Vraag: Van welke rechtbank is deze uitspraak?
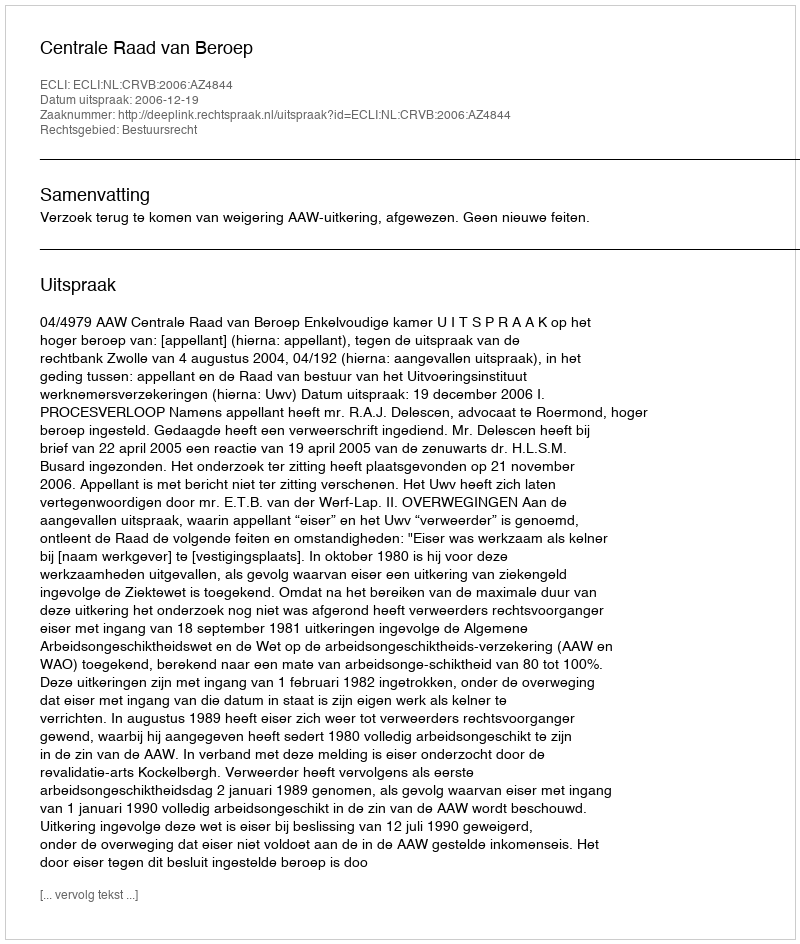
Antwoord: Centrale Raad van Beroep